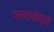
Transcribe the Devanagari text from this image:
परमार्थप्रवृत्त